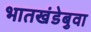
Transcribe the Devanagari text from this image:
भातखंडेबुवा